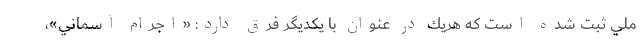
ملي ثبت شده است كه هريك در عنوان با يكديگر فرق دارد: «اجرام آسماني»،